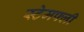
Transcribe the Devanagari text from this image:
स्टेमफ्ली